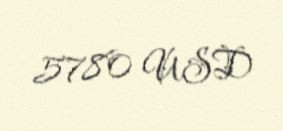
5780 USD